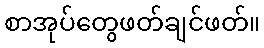
စာအုပ်တွေဖတ်ချင်ဖတ်။